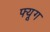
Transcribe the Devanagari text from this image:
फ्यूग